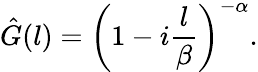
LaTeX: \hat{G}(l)=\left(1-i\frac{l}{\beta}\right)^{-\alpha}.